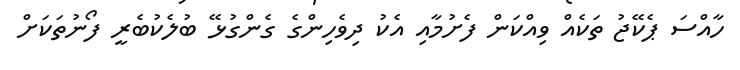
ހާއްސަ ޕެކޭޖު ތަކެއް ވިއްކަން ފެށުމާއި އެކު ދިވެހިންގެ ގެންގުޅޭ ބުލެކުބެރީ ފޯނުތަކަށް